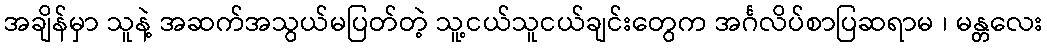
အချိန်မှာ သူနဲ့ အဆက်အသွယ်မပြတ်တဲ့ သူ့ငယ်သူငယ်ချင်းတွေက အင်္ဂလိပ်စာပြဆရာမ ၊ မန္တလေး